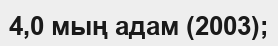
4,0 мың адам (2003);